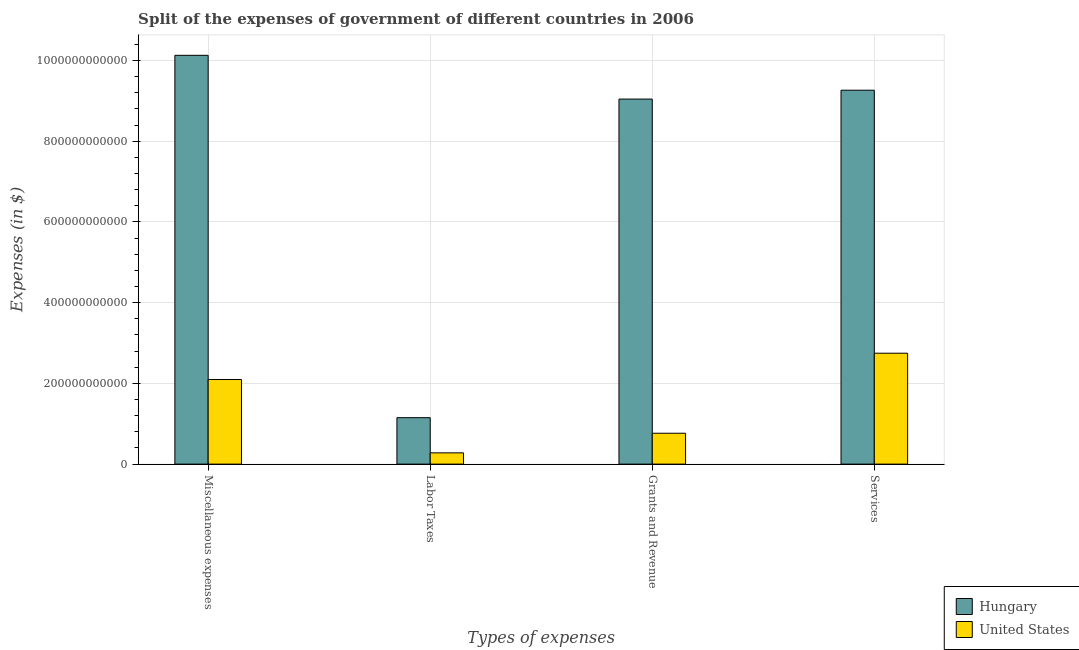
| Types of expenses | Hungary | United States |
 | --- | --- | --- |
 | Miscellaneous expenses | 1.01e+12 | 2.1e+11 |
 | Labor Taxes | 1.15e+11 | 2.79e+10 |
 | Grants and Revenue | 9.05e+11 | 7.65e+10 |
 | Services | 9.26e+11 | 2.75e+11 |